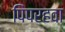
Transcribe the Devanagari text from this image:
पिंपरहवा